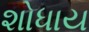
શોધાય